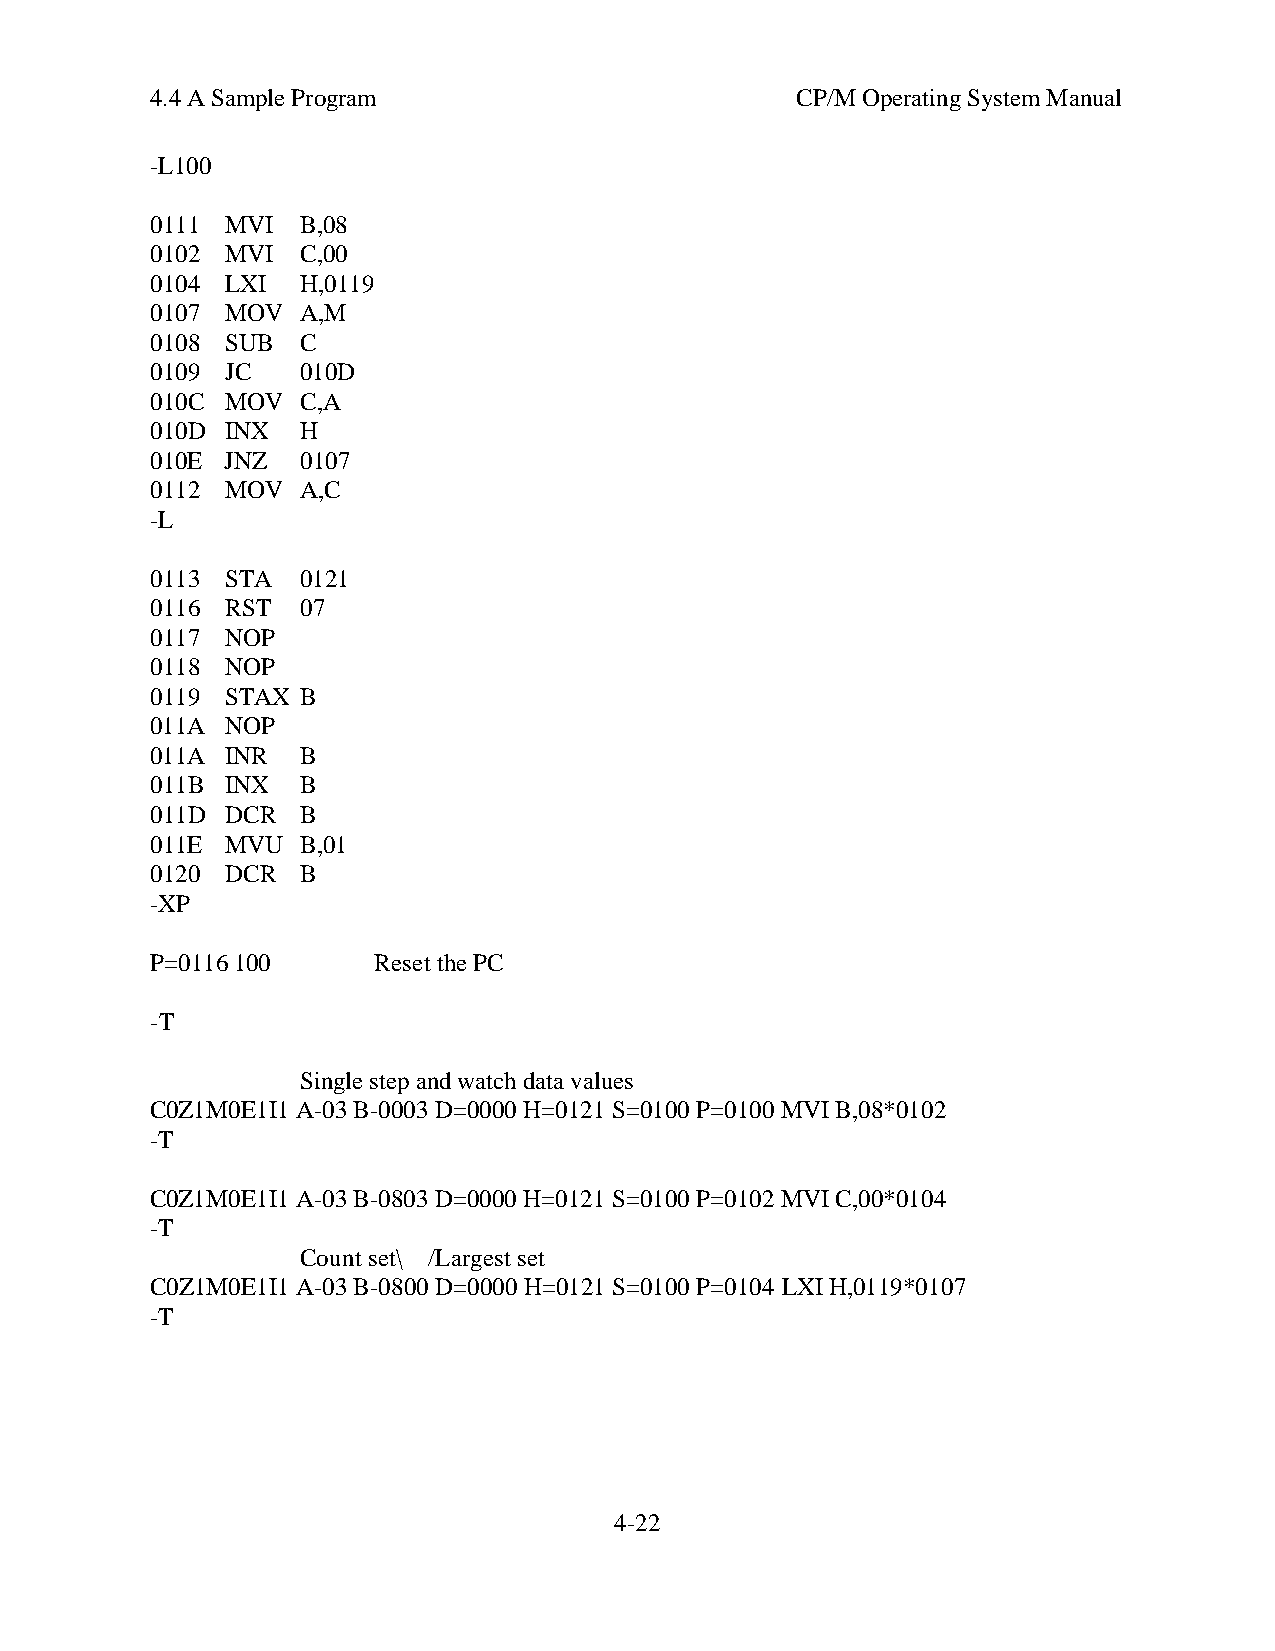
4.4 A Sample Program                       CP/M Operating System Manual
 -L100
 0111 MVI  B,08
 0102 MVI  C,00
 0104 LXI  H,0119
 0107 MOV  A,M
 0108 SUB  C
 0109 JC   010D
 010C MOV  C,A
 010D INX  H
 010E JNZ  0107
 0112 MOV  A,C
 -L
 0113 STA  0121
 0116 RST  07
 0117 NOP
 0118 NOP
 0119 STAX B
 011A NOP
 011A INR  B
 011B INX  B
 011D DCR  B
 011E MVU  B,01
 0120 DCR  B
 -XP
 P=0116 100     Reset the PC
 -T
 Single step and watch data values
 C0Z1M0E1I1 A-03 B-0003 D=0000 H=0121 S=0100 P=0100 MVI B,08*0102
 -T
 C0Z1M0E1I1 A-03 B-0803 D=0000 H=0121 S=0100 P=0102 MVI C,00*0104
 -T
 Count set\ /Largest set
 C0Z1M0E1I1 A-03 B-0800 D=0000 H=0121 S=0100 P=0104 LXI H,0119*0107
 -T
 4-22